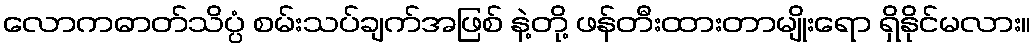
လောကဓာတ်သိပ္ပံ စမ်းသပ်ချက်အဖြစ် နဲ့တို့ ဖန်တီးထားတာမျိုးရော ရှိနိုင်မလား။